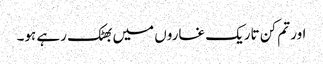
اور تم کن تاریک غاروں میں بھٹک رہے ہو۔